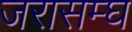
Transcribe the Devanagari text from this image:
जरासम्घ